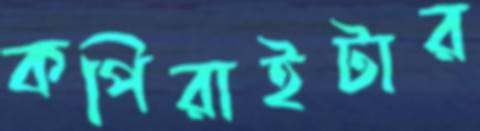
কপিরাইটার